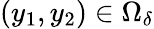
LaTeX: (y_{1},y_{2})\in\Omega_{\delta}